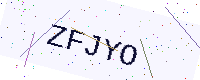
Text: ZFJYO